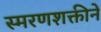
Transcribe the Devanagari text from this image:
स्मरणशक्तीनें